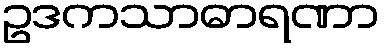
ဥဒကသာဓာရဏာ